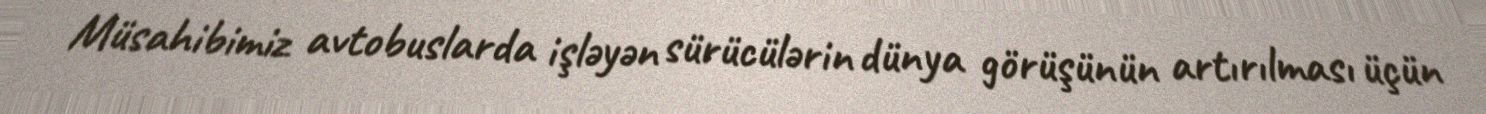
Müsahibimiz avtobuslarda işləyən sürücülərin dünya görüşünün artırılması üçün